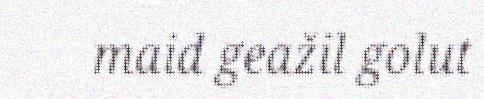
maid geažil golut